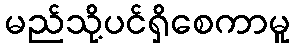
မည်သို့ပင်ရှိစေကာမူ